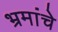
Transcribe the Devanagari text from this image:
भ्रमांचे